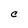
Character: C